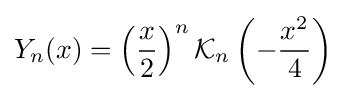
Y_{n}(x)=\left({\frac {x}{2}}\right)^{n}{\mathcal {K}}_{n}\left(-{\frac {x^{2}}{4}}\right)